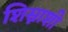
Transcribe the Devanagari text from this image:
शिस्नाशी